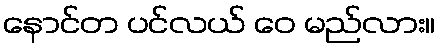
နောင်တ ပင်လယ် ဝေ မည်လား။